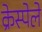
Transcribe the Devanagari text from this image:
क्रेस्पेले